Report of the Indian Hemp Drugs Commission, 1894-1895 - Volume I
Year: 1894
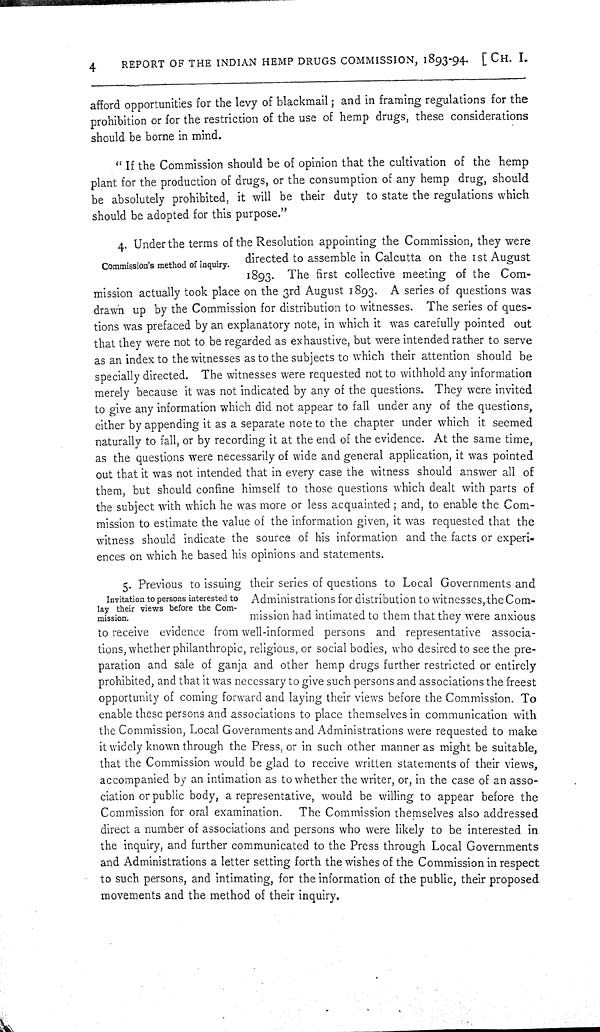
4
REPORT OF THE INDIAN HEMP DRUGS COMMISSION, 1893-94. [CH. I.
afford opportunities for the levy of blackmail; and in framing regulations for the
prohibition or for the restriction of the use of hemp drugs, these considerations
should be borne in mind.
"If the Commission should be of opinion that the cultivation of the hemp
plant for the production of drugs, or the consumption of any hemp drug, should
be absolutely prohibited, it will be their duty to state the regulations which
should be adopted for this purpose."
Commission's method of inquiry.
4. Under the terms of the Resolution appointing the Commission, they were
directed to assemble in Calcutta on the 1st August
1893. The first collective meeting of the Com-
mission actually took place on the 3rd August 1893. A series of questions was
drawn up by the Commission for distribution to witnesses. The series of ques-
tions was prefaced by an explanatory note, in which it was carefully pointed out
that they were not to be regarded as exhaustive, but were intended rather to serve
as an index to the witnesses as to the subjects to which their attention should be
specially directed. The witnesses were requested not to withhold any information
merely because it was not indicated by any of the questions. They were invited
to give any information which did not appear to fall under any of the questions,
either by appending it as a separate note to the chapter under which it seemed
naturally to fall, or by recording it at the end of the evidence. At the same time,
as the questions were necessarily of wide and general application, it was pointed
out that it was not intended that in every case the witness should answer all of
them, but should confine himself to those questions which dealt with parts of
the subject with which he was more or less acquainted; and, to enable the Com-
mission to estimate the value of the information given, it was requested that the
witness should indicate the source of his information and the facts or experi-
ences on which he based his opinions and statements.
Invitation to persons interested to
lay their views before the Com-
mission.
5. Previous to issuing their series of questions to Local Governments and
Administrations for distribution to witnesses, the Com-
mission had intimated to them that they were anxious
to receive evidence from well-informed persons and representative associa-
tions, whether philanthropic, religious, or social bodies, who desired to see the pre-
paration and sale of ganja and other hemp drugs further restricted or entirely
prohibited, and that it was necessary to give such persons and associations the freest
opportunity of coming forward and laying their views before the Commission. To
enable these persons and associations to place themselves in communication with
the Commission, Local Governments and Administrations were requested to make
it widely known through the Press, or in such other manner as might be suitable,
that the Commission would be glad to receive written statements of their views,
accompanied by an intimation as to whether the writer, or, in the case of an asso-
ciation or public body, a representative, would be willing to appear before the
Commission for oral examination. The Commission themselves also addressed
direct a number of associations and persons who were likely to be interested in
the inquiry, and further communicated to the Press through Local Governments
and Administrations a letter setting forth the wishes of the Commission in respect
to such persons, and intimating, for the information of the public, their proposed
movements and the method of their inquiry.